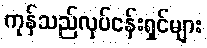
ကုန်သည်လုပ်ငန်းရှင်များ